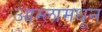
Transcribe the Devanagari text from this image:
आम्लामधून